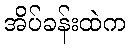
အိပ်ခန်းထဲက